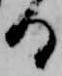
る